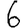
Digit: 6